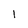
Character: 1